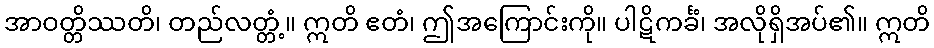
အာဝတ္တိဿတိ၊ တည်လတ္တံ့။ ဣတိ ဧတံ၊ ဤအကြောင်းကို။ ပါဋိကင်္ခံ၊ အလိုရှိအပ်၏။ ဣတိ